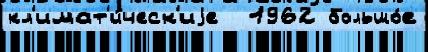
кл'имат'и́ческ'иjе  1962 большо́е